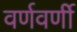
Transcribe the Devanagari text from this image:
वर्णवर्णी